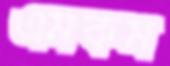
এমকম